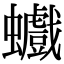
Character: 𧕆